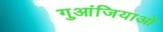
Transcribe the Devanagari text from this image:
गुआंजियाओ